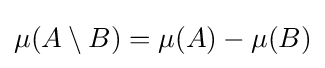
\mu (A\setminus B)=\mu (A)-\mu (B)